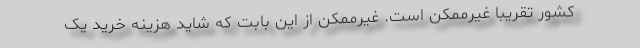
کشور تقریبا غیرممکن است. غیرممکن از این بابت که شاید هزینه خرید یک